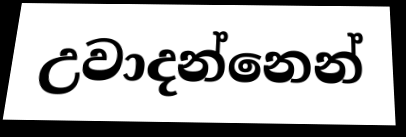
උවාදන්නෙන්